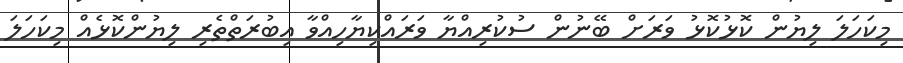
މިކަހަލަ ލިޔުން ކޮޅުކޮޅު ވަރަށް ބޭނުން ސުކުރިއްޔާ ވަރައްކިޔާހިއްވާ އިބުރަތްތެރި ލިޔުންކޮޅެއް މިކަހަލަ